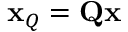
\mathbf { x } _ { Q } = \mathbf { Q x }